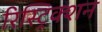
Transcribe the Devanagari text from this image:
रिस्ट्रिक्शन